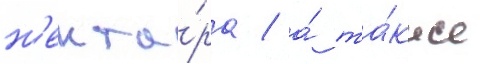
н'екта́ра / а́ та́кже